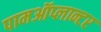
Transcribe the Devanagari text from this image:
पामऑप्लान्टर